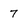
Character: 7